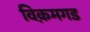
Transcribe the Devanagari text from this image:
विक़मगड